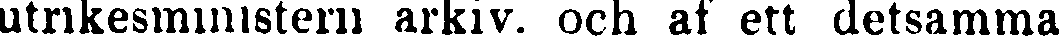
utrikesministern arkiv. och af ett detsamma